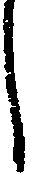
し